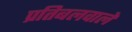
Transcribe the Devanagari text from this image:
प्रतिबलवाले